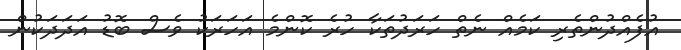
އުފެއްދުންތެރި ކަމެއް ނެތް ހަރަދުތަކާ ހުރެ ކޮންމެ އަހަރަކު ވެސް ބޮޑު އަދަދަކުން